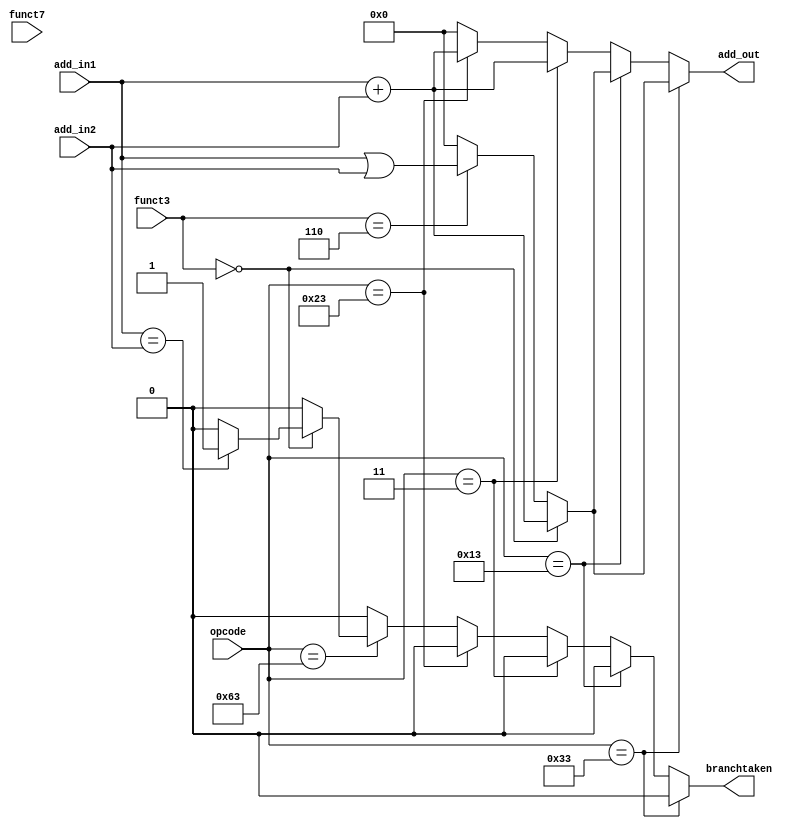
module ALU(
	input wire [31:0] add_in1,
	input wire [31:0] add_in2,
	input wire [6:0] opcode,
	input wire [2:0] funct3,
	input wire [6:0] funct7,
	output reg [31:0] add_out,
	output reg branchtaken);

always begin
	
	//No carry so this will loop back to 0
	branchtaken = 1'b0;
	add_out = 32'd0; //Adds two numbers
		
if (opcode == 7'b0110011) // R type
	begin
		if (funct3 == 3'b000) begin
			add_out = add_in1 + add_in2; //Adds two numbers
		end
		else if (funct3 == 3'b110) begin
			add_out = add_in1 | add_in2; //Ors two numbers
		end
	end
	
else if (opcode == 7'b0010011) // I type
	begin
		if (funct3 == 3'b000) begin
			add_out = add_in1 + add_in2; //Adds two numbers
		end
		else if (funct3 == 3'b110) begin
			add_out = add_in1 | add_in2; //Ors two numbers
		end
	end
	
else if (opcode == 7'b0000011) // Loads
	begin
		add_out = add_in1 + add_in2; //Adds two numbers
	end
	
else if (opcode == 7'b0100011) // Stores
	begin
		add_out = add_in1 + add_in2; //Adds two numbers
	end
	
else if (opcode == 7'b1100011) // Branches
	begin
		if (funct3== 3'b000) begin
			if (add_in1 == add_in2) begin
				branchtaken = 1'b1;
				add_out = 32'd0; //Adds two numbers
			end
		end
	end
	
else begin
	add_out = 32'd0; //Adds two numbers
end
	
end
	
endmodule